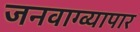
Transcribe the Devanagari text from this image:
जनवाग्व्यापार